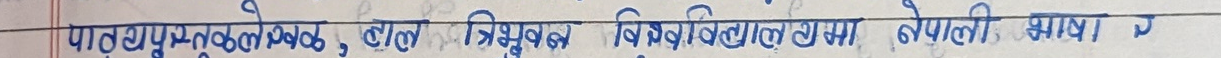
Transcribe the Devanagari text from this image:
पाठ्यपुस्तक लेख, काल त्रिभुवन विश्वविद्यालय नेपाली भाषा ।